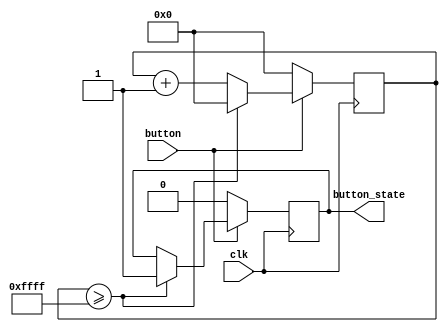
`timescale 1ns / 1ps

module debouncer(
	input clk,
	input button,
	output reg button_state
    );

reg [15:0] counter;
reg button_state_reg = 0;

always @ (posedge clk) begin
	if(button == 0)
	begin
		counter <= 0;
		button_state <=0;
	end
	else if (counter >= 16'hffff)
		begin
			button_state <= 1;
			counter <= 0;
		end
	else begin
		counter <= counter + 1'b1;
	end
end

endmodule